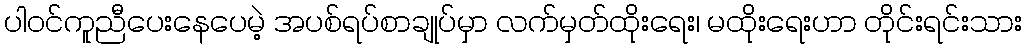
ပါဝင်ကူညီပေးနေပေမဲ့ အပစ်ရပ်စာချုပ်မှာ လက်မှတ်ထိုးရေး၊ မထိုးရေးဟာ တိုင်းရင်းသား